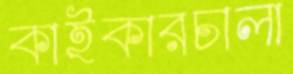
কাইকারচালা